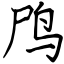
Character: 鸤